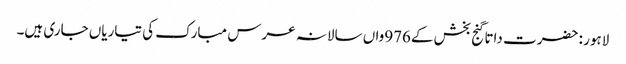
لاہور : حضرت داتا گنج بخش کے976واں سالانہ عرس مبارک کی تیاریاں جاری ہیں۔